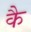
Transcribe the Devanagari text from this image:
कै